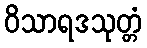
ဝိသာရဒသုတ္တံ